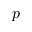
p